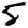
Digit: 5